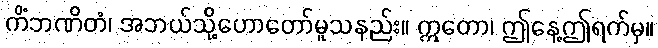
ကိံဘဏိတံ၊ အဘယ်သို့ဟောတော်မူသနည်း။ ဣတော၊ ဤနေ့ဤရက်မှ။